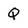
Character: Q